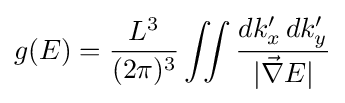
g(E)={\frac {L^{3}}{(2\pi )^{3}}}\iint {\frac {dk'_{x}\,dk'_{y}}{|{\vec {\nabla }}E|}}